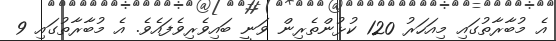
އެ މުބާރާތުގައި މިއަހަރު 120 ކުޅުންތެރިން ވަނީ ބައިވެރިވެފައެވެ. އެ މުބާރާތުގައި 9